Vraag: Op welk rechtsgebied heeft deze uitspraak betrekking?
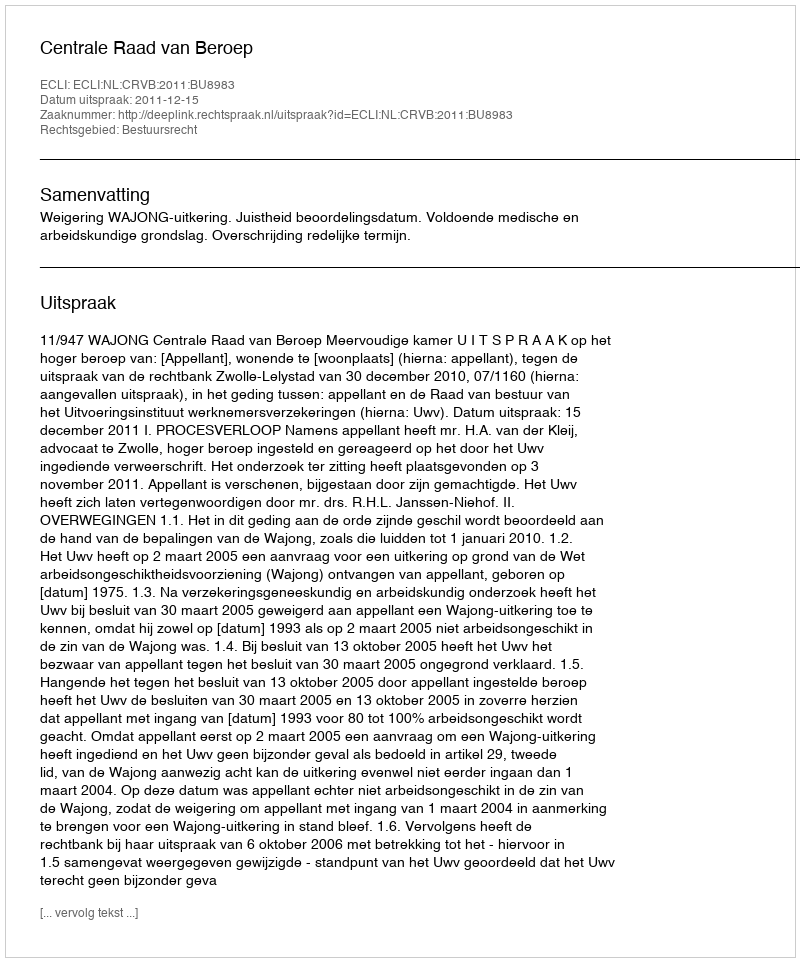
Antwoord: Bestuursrecht